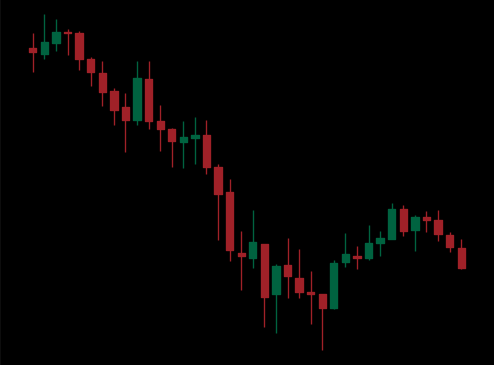
Pattern: bull_flag